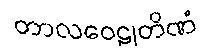
တာလဝေဠုတိဏံ